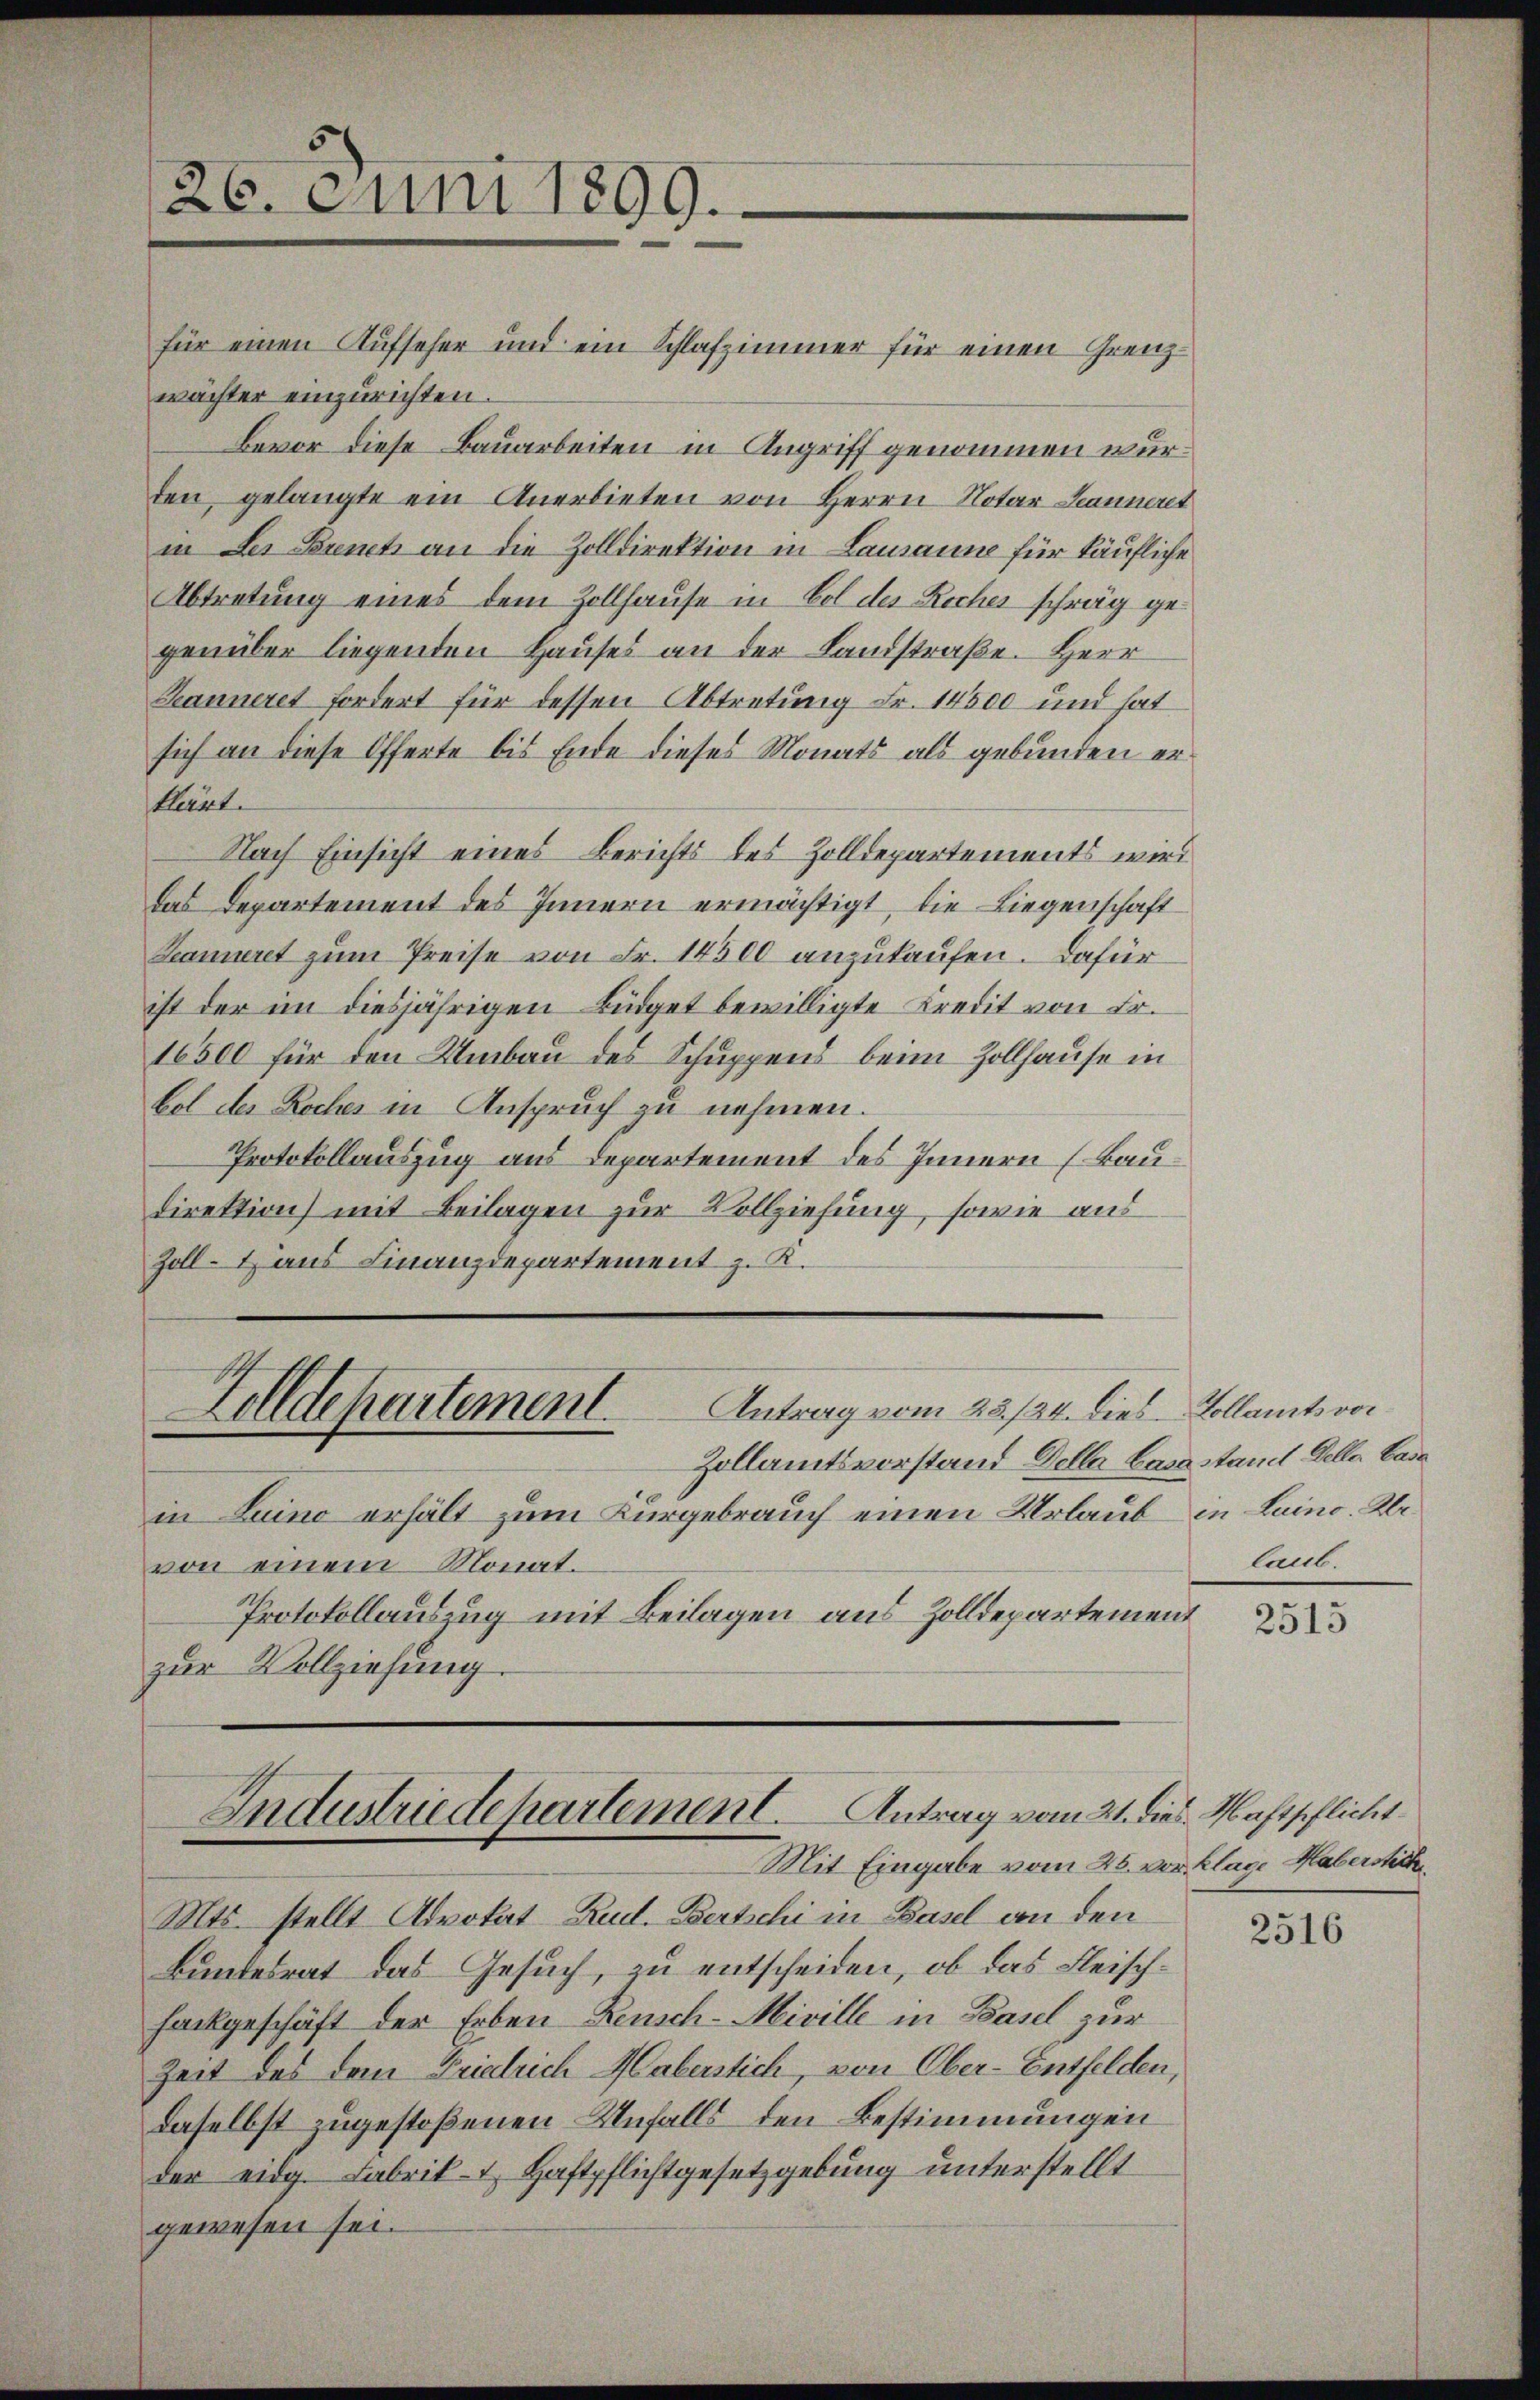
/26. Juni 1899.

für einen Aufseher und ein Schlafzimmer für einen Grenzwächter einzurichten.
Bevor diese Bauarbeiten in Angriff genommen wurden, gelangte ein Anerbieten von Herrn Notar Jeannert
in des Bienet an die Zolldirektion in Lausanne für käufliche
Abtretung eines dem Zollhause in Bol des Rocher schräg ge-
genüber liegenden Hauses an der Landstraße. Herr
Keanneret fordert für dessen Abtretung Fr. 14300 und hat
sich an diese Offerte bis Ende dieses Monats als gebunden er¬
Kleint.
Nach Einsicht eines Berichts des Zolldepartements wird
das Departement des Innern ermächtigt, die Liegenschaft
Leanneret zŭm Preise von Fr. 14300 anzukaufen. Dafür
ist der in diesjährigen Büdget bewilligte Kredit von Fr.
16500 für den Umbau des Schuppens beim Zollhause in
bol des Roches in Anspruch zu nehmen.
Protokollauszug aus Departement des Innern (Baudirektion) mit Beilagen zur Vollziehung, sowie aus
Zoll-Haus Finanzdepartement z. K.
Antrag vom 23./24. dies Kollamtsvor¬
Zolldepartement
Zollamtsvorstand Deller Casa stand Deller Base
in Luino erhält zum Kurgebrauch einen Urlaub in Luino. Klevon einem Monat.
Protokollauszug mit Beilagen aus Zolldepartement
zur Vollziehung.

Industriedepartement. Antrag vom 21. dies Haftpflicht
Mit Eingabe vom 26. vor Klage Haberstick

Mts. stellt Advokat Rud. Bertschi in Basel an den
Bundesrat das Gesuch, zu entscheiden, ob das Fleischhackgeschäft der Erben Reusch-Miville in Basel zur
Zeit des dem Friedrich Haberstich, von Ober-Entfelden,
daselbst zugestoßenen Unfalls den Bestimmungen
der eidg. Fabrik- u. Haftpflichtgesetzgebung unterstellt
gewesen sei.

laub.

2515

2516